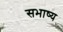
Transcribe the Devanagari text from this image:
सभाष्य